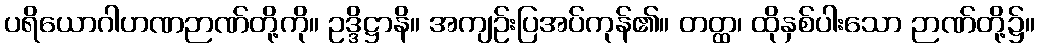
ပရိယောဂါဟဏဉာဏ်တို့ကို။ ဥဒ္ဒိဋ္ဌာနိ။ အကျဉ်းပြအပ်ကုန်၏။ တတ္ထ၊ ထိုနှစ်ပါးသော ဉာဏ်တို့၌။